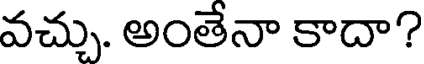
వచ్చు. అంతేనా కాదా?